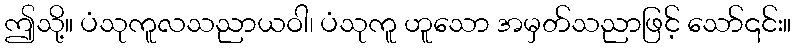
ဤသို့။ ပံသုကူလသညာယဝါ၊ ပံသုကူ ဟူသော အမှတ်သညာဖြင့် သော်၎င်း။